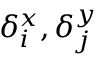
\delta _ { i } ^ { x } , \delta _ { j } ^ { y }